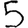
Digit: 5